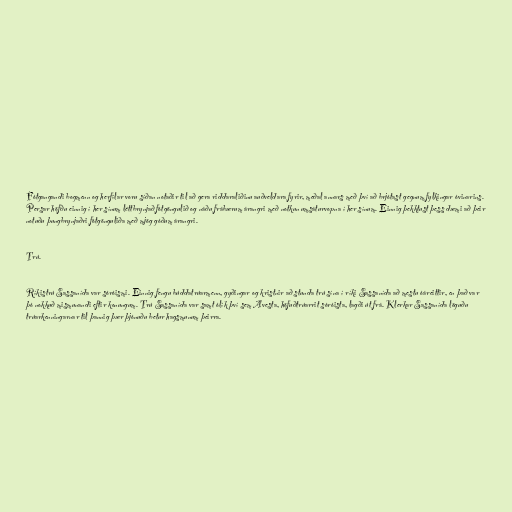
Fótgangandi bogmenn og herfílar voru síðan notaðir til að gera riddaraliðinu auðveldara fyrir, meðal annars með því að brjótast gegnum fylkingar óvinarins.
Persar höfðu einnig í her sínum léttbrynjað fótgöngulið og náðu frábærum árangri með notkun umsáturvopna í her sínum. Einnig þekktust þess dæmi að þeir
notuðu þungbrynjaðri fótgönguliða með mjög góðum árangri.

Trú.

Ríkistrú Sassanída var sóróismi. Einnig fengu búddatrúarmenn, gyðingar og kristnir að stunda trú sína í ríki Sassanída að mestu óáreittir, en það var
þó nokkuð mismunandi eftir konungum. Trú Sassanída var samt ólík því sem Avesta, höfuðtrúarrit sóróista, lagði út frá. Klerkar Sassanída löguðu
trúarkenningarnar til þannig þær þjónuðu betur hagsmunum þeirra.